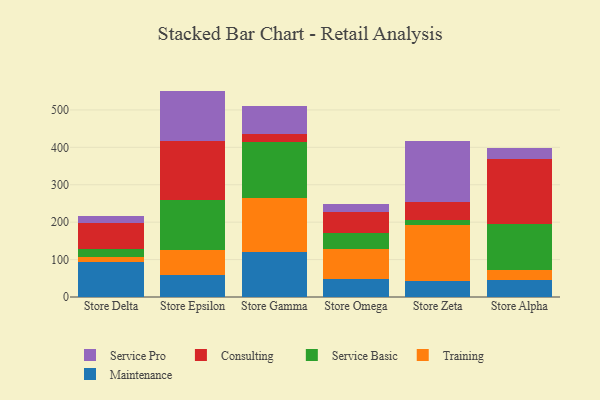
{"axis": {"x": "Store", "y": "Market Share (%)"}, "legend": ["Consulting", "Maintenance", "Service Basic", "Service Pro", "Training"], "data": [{"x": "Store Delta", "y": 93.8, "type": "Maintenance"}, {"x": "Store Delta", "y": 13.5, "type": "Training"}, {"x": "Store Delta", "y": 21.5, "type": "Service Basic"}, {"x": "Store Delta", "y": 68.2, "type": "Consulting"}, {"x": "Store Delta", "y": 20.3, "type": "Service Pro"}, {"x": "Store Epsilon", "y": 60.0, "type": "Maintenance"}, {"x": "Store Epsilon", "y": 64.8, "type": "Training"}, {"x": "Store Epsilon", "y": 134.2, "type": "Service Basic"}, {"x": "Store Epsilon", "y": 158.0, "type": "Consulting"}, {"x": "Store Epsilon", "y": 134.0, "type": "Service Pro"}, {"x": "Store Gamma", "y": 121.5, "type": "Maintenance"}, {"x": "Store Gamma", "y": 142.9, "type": "Training"}, {"x": "Store Gamma", "y": 150.9, "type": "Service Basic"}, {"x": "Store Gamma", "y": 19.9, "type": "Consulting"}, {"x": "Store Gamma", "y": 75.1, "type": "Service Pro"}, {"x": "Store Omega", "y": 49.0, "type": "Maintenance"}, {"x": "Store Omega", "y": 80.2, "type": "Training"}, {"x": "Store Omega", "y": 42.9, "type": "Service Basic"}, {"x": "Store Omega", "y": 54.5, "type": "Consulting"}, {"x": "Store Omega", "y": 20.8, "type": "Service Pro"}, {"x": "Store Zeta", "y": 43.7, "type": "Maintenance"}, {"x": "Store Zeta", "y": 149.6, "type": "Training"}, {"x": "Store Zeta", "y": 12.2, "type": "Service Basic"}, {"x": "Store Zeta", "y": 47.2, "type": "Consulting"}, {"x": "Store Zeta", "y": 164.4, "type": "Service Pro"}, {"x": "Store Alpha", "y": 46.4, "type": "Maintenance"}, {"x": "Store Alpha", "y": 25.4, "type": "Training"}, {"x": "Store Alpha", "y": 124.6, "type": "Service Basic"}, {"x": "Store Alpha", "y": 173.0, "type": "Consulting"}, {"x": "Store Alpha", "y": 28.0, "type": "Service Pro"}]}